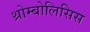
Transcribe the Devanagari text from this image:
थ्रोम्बोलिसिस